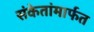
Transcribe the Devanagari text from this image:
संकेतांमार्फत